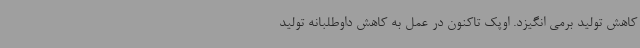
کاهش تولید برمی انگیزد. اوپک تاکنون در عمل به کاهش داوطلبانه تولید